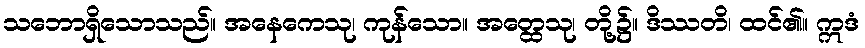
သဘောရှိသောသည်။ အနေကေသု၊ ကုန်သော။ အတ္ထေသု၊ တို့၌။ ဒိဿတိ၊ ထင်၏။ ဣဒံ